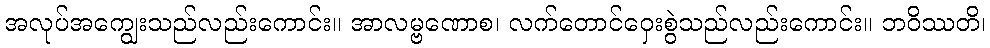
အလုပ်အကျွေးသည်လည်းကောင်း။ အာလမ္ဗဏောစ၊ လက်တောင်ဝှေးစွဲသည်လည်းကောင်း။ ဘဝိဿတိ၊